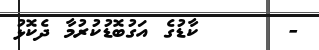
-      ކާޑުގެ އަގުބޮޑުކުރުމާ ދެކޮޅު